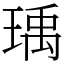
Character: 瑀